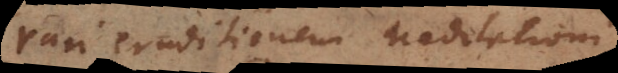
Pari eruditionem Meditationi